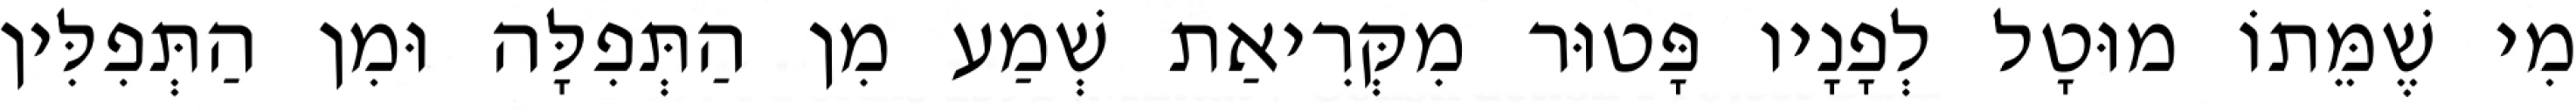
מִי שֶׁמֵּתוֹ מוּטָל לְפָנָיו פָּטוּר מִקְּרִיאַת שְׁמַע מִן הַתְּפִלָּה וּמִן הַתְּפִלִּין